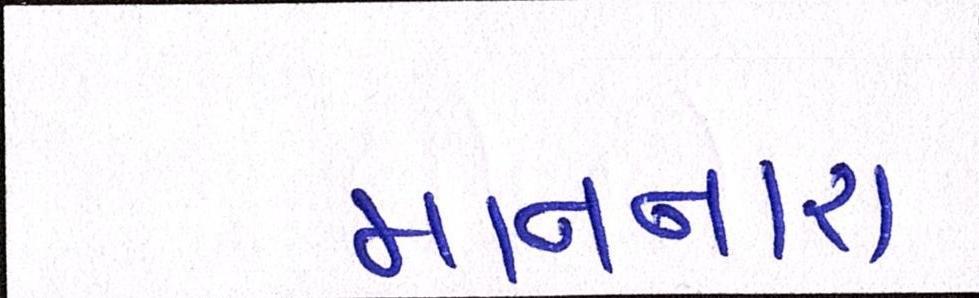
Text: માનનારા